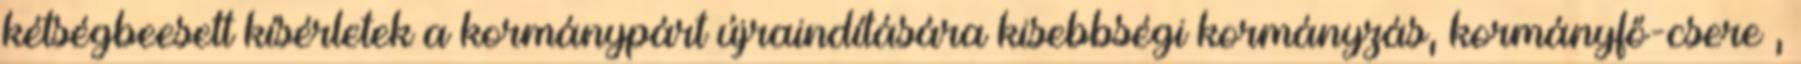
kétségbeesett kísérletek a kormánypárt újraindítására kisebbségi kormányzás, kormányfő-csere ,